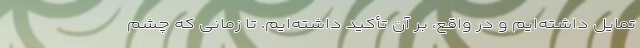
تمایل داشته‌ایم و در واقع، بر آن تأکید داشته‌ایم. تا زمانی که چشم